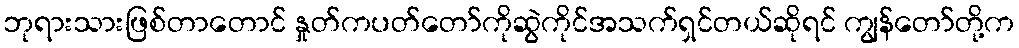
ဘုရားသားဖြစ်တာတောင် နှုတ်ကပတ်တော်ကိုဆွဲကိုင်အသက်ရှင်တယ်ဆိုရင် ကျွန်တော်တို့က